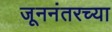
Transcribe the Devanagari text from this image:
जूननंतरच्या